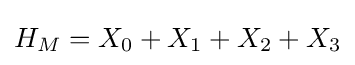
H_{M}=X_{0}+X_{1}+X_{2}+X_{3}